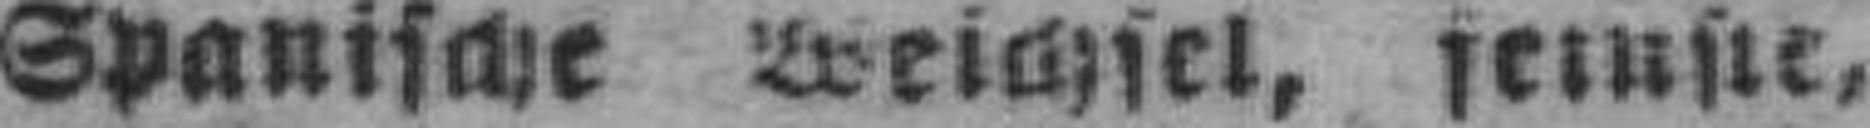
Spanische Weichsel, feinste,